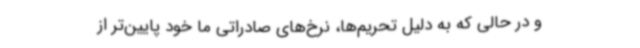
و در حالی که به دلیل تحریم‌ها، نرخ‌های صادراتی ما خود پایین‌تر از